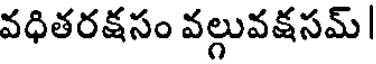
వధితరక్షసం వల్గువక్షసమ్ |